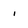
Character: i